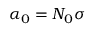
\alpha _ { 0 } = N _ { 0 } \sigma